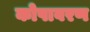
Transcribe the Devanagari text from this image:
कोषावरण